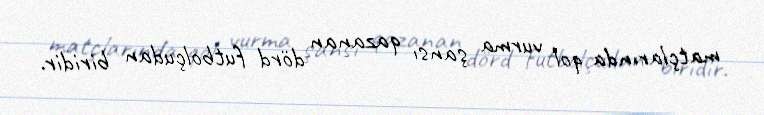
matçlarında qol vurma şansı qazanan dörd futbolçudan biridir.